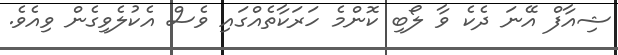
ޝިއާފް އޭނަ ދެކެ ވާ ލޯބި ކޮންމެ ހަރަކާތެއްގައި ވެސް އެކުލެވިގެން ވިއެވެ.